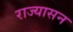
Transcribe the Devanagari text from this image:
राज्यासन